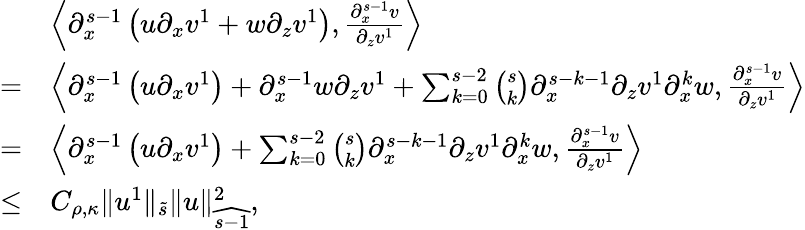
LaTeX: \begin{array}{rl}&{\left\langle\partial_{x}^{s-1}\left(u\partial_{x}v^{1}+w\partial_{z}v^{1}\right),\frac{\partial_{x}^{s-1}v}{\partial_{z}v^{1}}\right\rangle}\\ {=}&{\left\langle\partial_{x}^{s-1}\left(u\partial_{x}v^{1}\right)+\partial_{x}^{s-1}w\partial_{z}v^{1}+\sum_{k=0}^{s-2}\binom{s}{k}\partial_{x}^{s-k-1}\partial_{z}v^{1}\partial_{x}^{k}w,\frac{\partial_{x}^{s-1}v}{\partial_{z}v^{1}}\right\rangle}\\ {=}&{\left\langle\partial_{x}^{s-1}\left(u\partial_{x}v^{1}\right)+\sum_{k=0}^{s-2}\binom{s}{k}\partial_{x}^{s-k-1}\partial_{z}v^{1}\partial_{x}^{k}w,\frac{\partial_{x}^{s-1}v}{\partial_{z}v^{1}}\right\rangle}\\ {\leq}&{C_{\rho,\kappa}\| u^{1}\| _{\tilde{s}}\| u\| _{\widehat{s-1}}^{2},}\end{array}